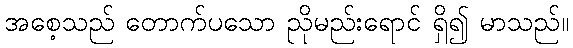
အစေ့သည် တောက်ပသော ညိုမည်းရောင် ရှိ၍ မာသည်။